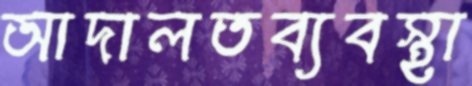
আদালতব্যবস্থা